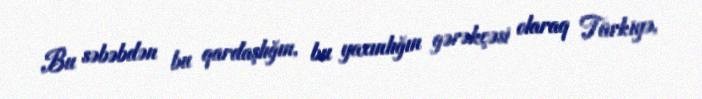
Bu səbəbdən bu qardaşlığın, bu yaxınlığın gərəkçəsi olaraq Türkiyə,